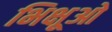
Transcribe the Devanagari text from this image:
भिक्षूओ